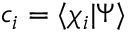
c _ { i } = \langle { \chi _ { i } } | { \Psi } \rangle